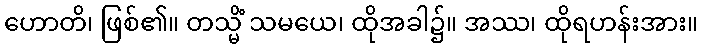
ဟောတိ၊ ဖြစ်၏။ တသ္မိံ သမယေ၊ ထိုအခါ၌။ အဿ၊ ထိုရဟန်းအား။